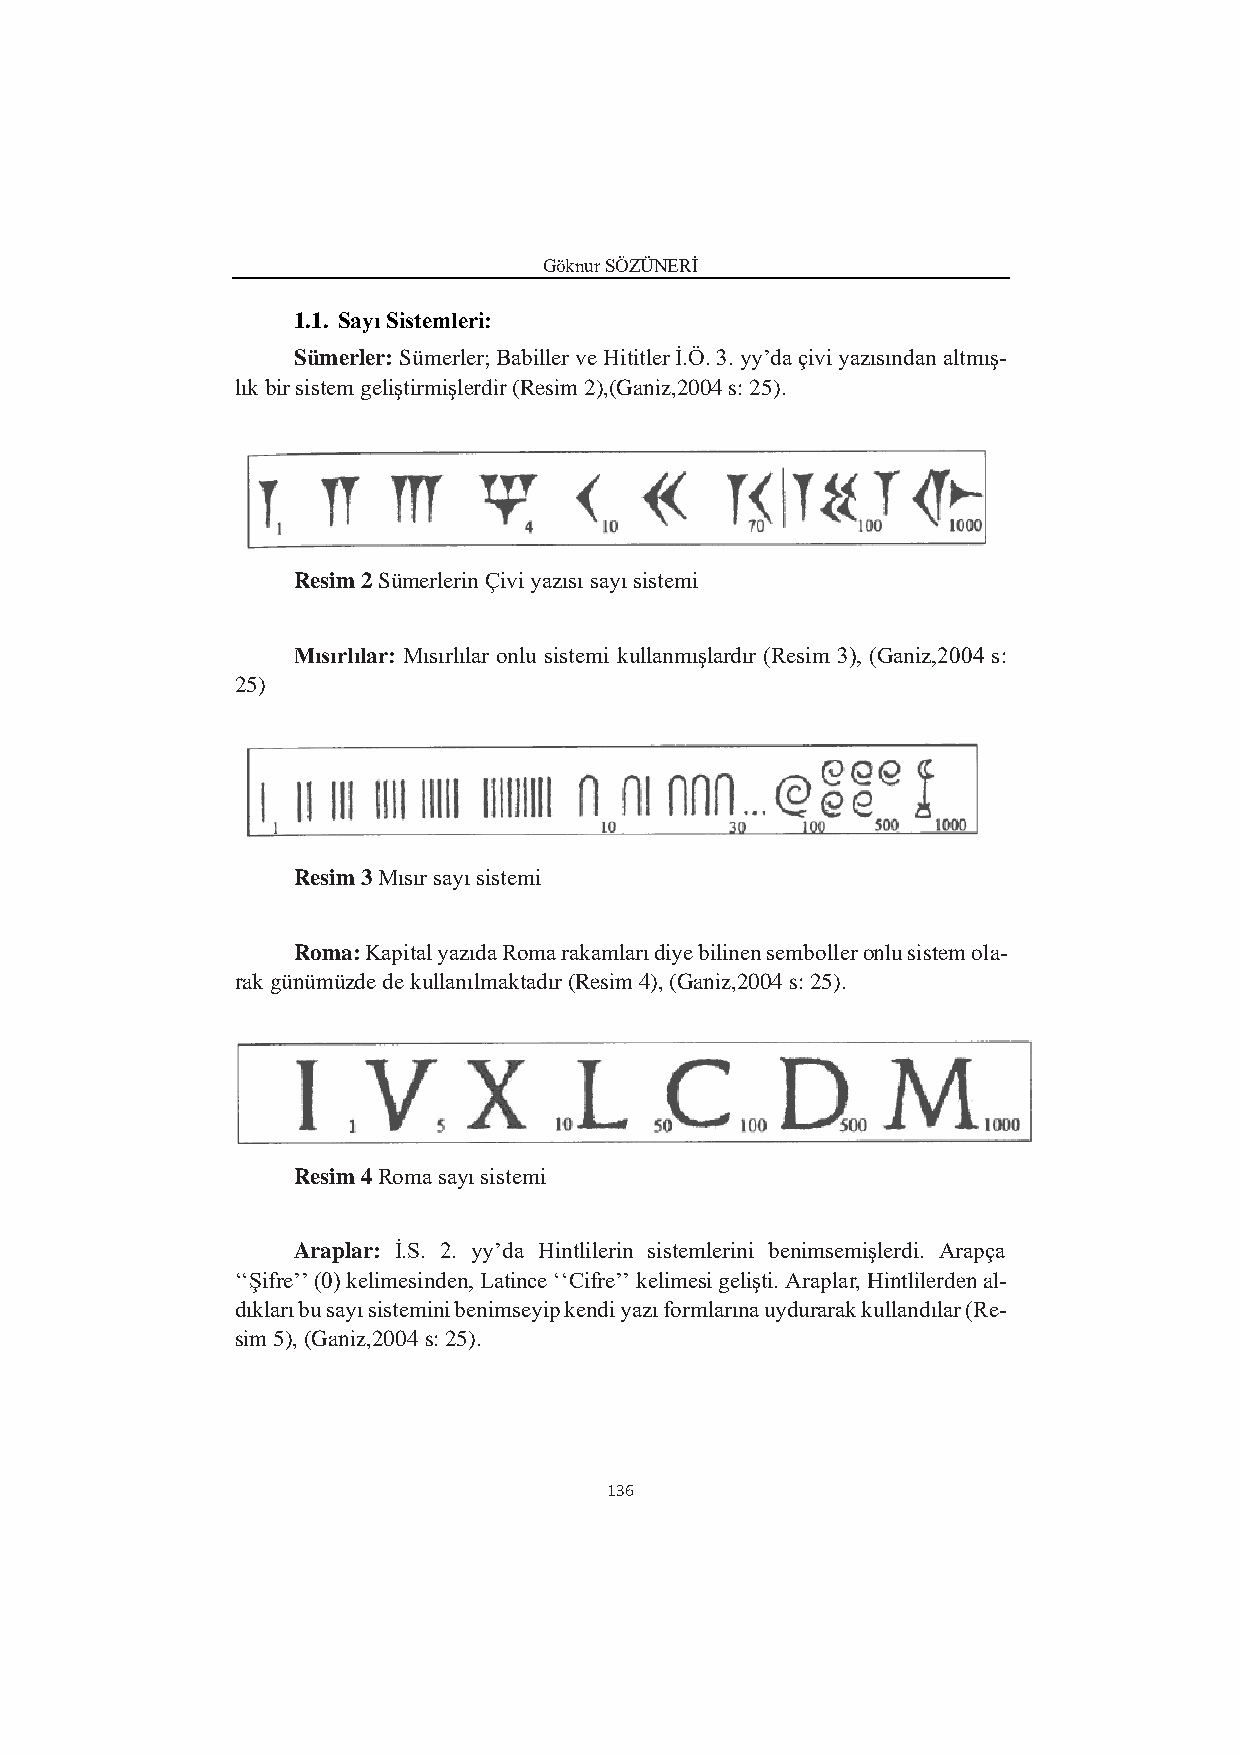
Göknur SÖZÜNERİ
 1.1. Sayı Sistemleri:
 Sümerler: Sümerler; Babiller ve Hititler İ.Ö. 3. yy’da çivi yazısından altmış-
 lık bir sistem geliştirmişlerdir (Resim 2),(Ganiz,2004 s: 25).
 Resim 2 Sümerlerin Çivi yazısı sayı sistemi
 Mısırlılar: Mısırlılar onlu sistemi kullanmışlardır (Resim 3), (Ganiz,2004 s:
 25)
 Resim 3 Mısır sayı sistemi
 Roma: Kapital yazıda Roma rakamları diye bilinen semboller onlu sistem ola-
 rak günümüzde de kullanılmaktadır (Resim 4), (Ganiz,2004 s: 25).
 Resim 4 Roma sayı sistemi
 Araplar: İ.S. 2. yy’da Hintlilerin sistemlerini benimsemişlerdi. Arapça
 ‘‘Şifre’’ (0) kelimesinden, Latince ‘‘Cifre’’ kelimesi gelişti. Araplar, Hintlilerden al-
 dıkları bu sayı sistemini benimseyip kendi yazı formlarına uydurarak kullandılar (Re-
 sim 5), (Ganiz,2004 s: 25).
 136